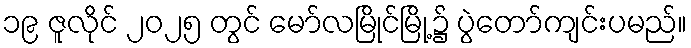
၁၉ ဇူလိုင် ၂၀၂၅ တွင် မော်လမြိုင်မြို့၌ ပွဲတော်ကျင်းပမည်။